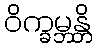
ဝိက္ခမ္ဘန္တိ